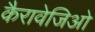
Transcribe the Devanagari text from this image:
कैरावेजिओ